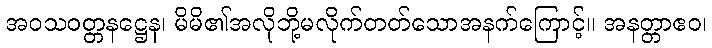
အဝသဝတ္တနဋ္ဌေန၊ မိမိ၏အလိုဘို့မလိုက်တတ်သောအနက်ကြောင့်။ အနတ္တာဧဝ၊